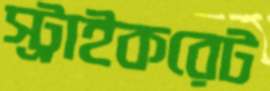
স্ট্রাইকরেট